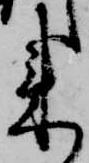
来